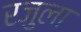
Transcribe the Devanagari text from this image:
रजुला